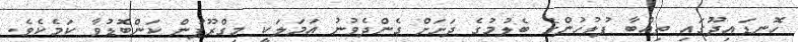
ހޮނޑައިދޫގައި ތިއްބާ ފުލުހުންގެ ބެލުމުގެ ދަށަށް ގެންދެވުނު އަމަލަކީ މިގްރޫޕުން ކަންބޮޑުވާ ކަމެކެވެ.